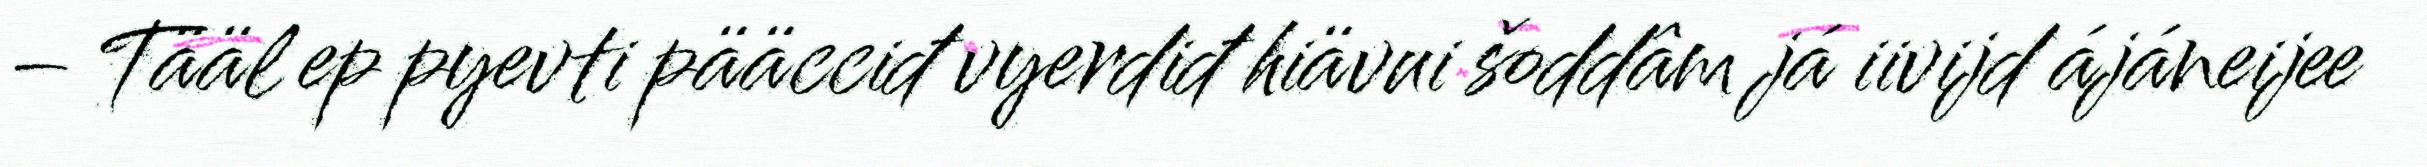
– Tääl ep pyevti pääcciđ vyerdiđ hiävui šoddâm já iivijd ájáneijee